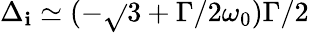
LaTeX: \Delta_{\mathbf{i}}\simeq(-\sqrt{}{{3}}+\Gamma/2\omega_{0})\Gamma/2